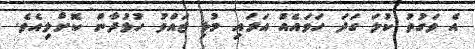
އެ ވަގުތު ކުލަ ގަދަ ހަވައެއް އަރައި މުޅި ޖައްވު ހުޅުދާން ކޮށްލިއެވެ.